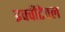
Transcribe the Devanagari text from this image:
इक्वीटेवल